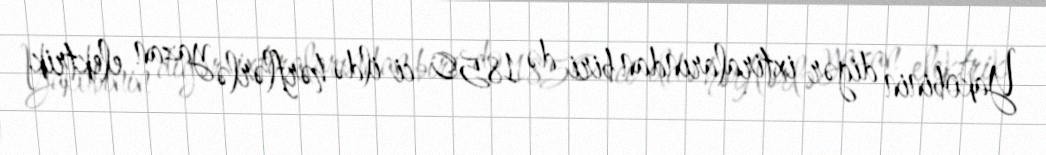
Yakobinin digər ixtiralarından biri də 1850-ci ildə hərflərlə yazan elektrik